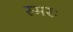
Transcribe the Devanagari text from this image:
स्मरः